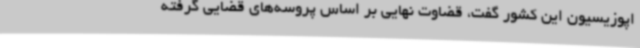
اپوزیسیون این کشور گفت، قضاوت نهایی بر اساس پروسه‌های قضایی گرفته